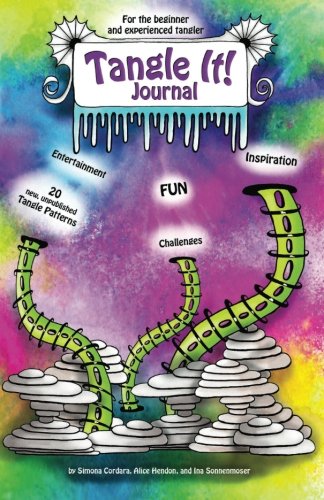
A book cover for Tangle It! Journal: Tangle It! Journal is an entertaining art activity book that provides inspiration, ideas and, art challenges. This Journal is ... with step by step instructions. (Volume 1); Ina Sonnenmoser; Arts & Photography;